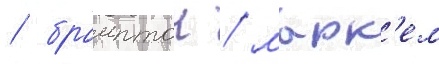
/ брамптон / марк'ем